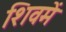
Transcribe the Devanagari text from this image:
शिवमें